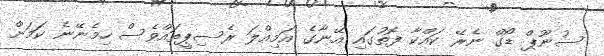
ސުނޫޕް ޑޯގް ނެރޭ ކައްކާ ފޮތުގައި އޭނާގެ އަމިއްލަ ރެސިޕީތައްވެސް ހިމެނޭނެ ކަމަށް